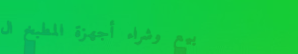
بيع وشراء أجهزة المطبخ ال